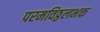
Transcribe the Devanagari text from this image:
परमविठ्ठलभक्त